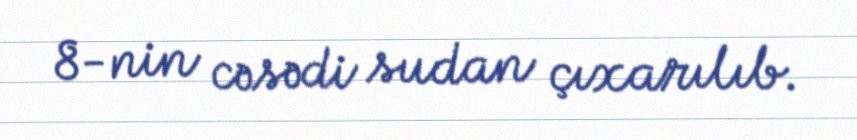
8-nin cəsədi sudan çıxarılıb.